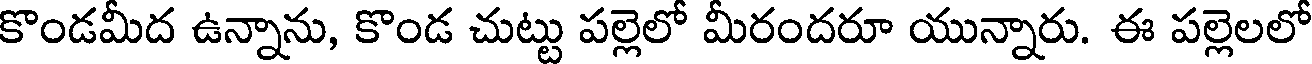
కొండమీద ఉన్నాను, కొండ చుట్టు పల్లెలో మీరందరూ యున్నారు. ఈ పల్లెలలో